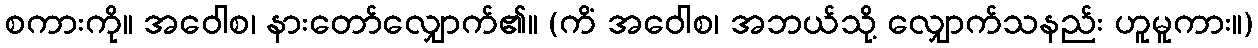
စကားကို။ အဝေါစ၊ နားတော်လျှောက်၏။ (ကိံ အဝေါစ၊ အဘယ်သို့ လျှောက်သနည်း ဟူမူကား။)